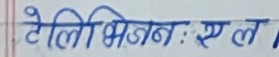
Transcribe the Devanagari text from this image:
तेलीभिजन: एल